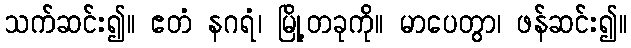
သက်ဆင်း၍။ ဧတံ နဂရံ၊ မြို့တခုကို။ မာပေတွာ၊ ဖန်ဆင်း၍။